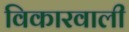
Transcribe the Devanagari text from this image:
विकारवाली